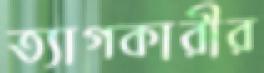
ত্যাগকারীর